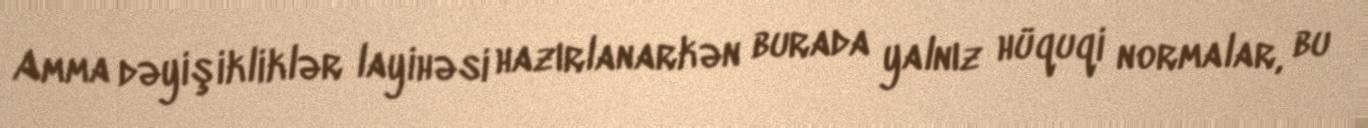
Amma dəyişikliklər layihəsi hazırlanarkən burada yalnız hüquqi normalar, bu